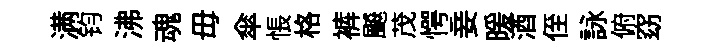
满钧沸魂毋傘悵格裤飇茂愕妾暖酒侄詠俯窈